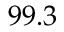
9 9 . 3